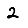
Digit: 2